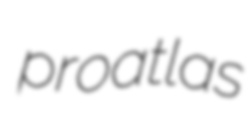
proatlas